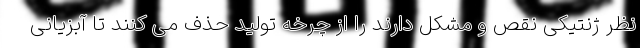
نظر ژنتیکی نقص و مشکل دارند را از چرخه تولید حذف می کنند تا آبزیانی